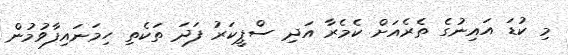
މި ކުޑަ އައިނުގެ ތެރެއަށް ކެމެރާ އަދި ސްޕީކަރު ފަދަ ތަކެތި ހިމަނައިފާވުމުން